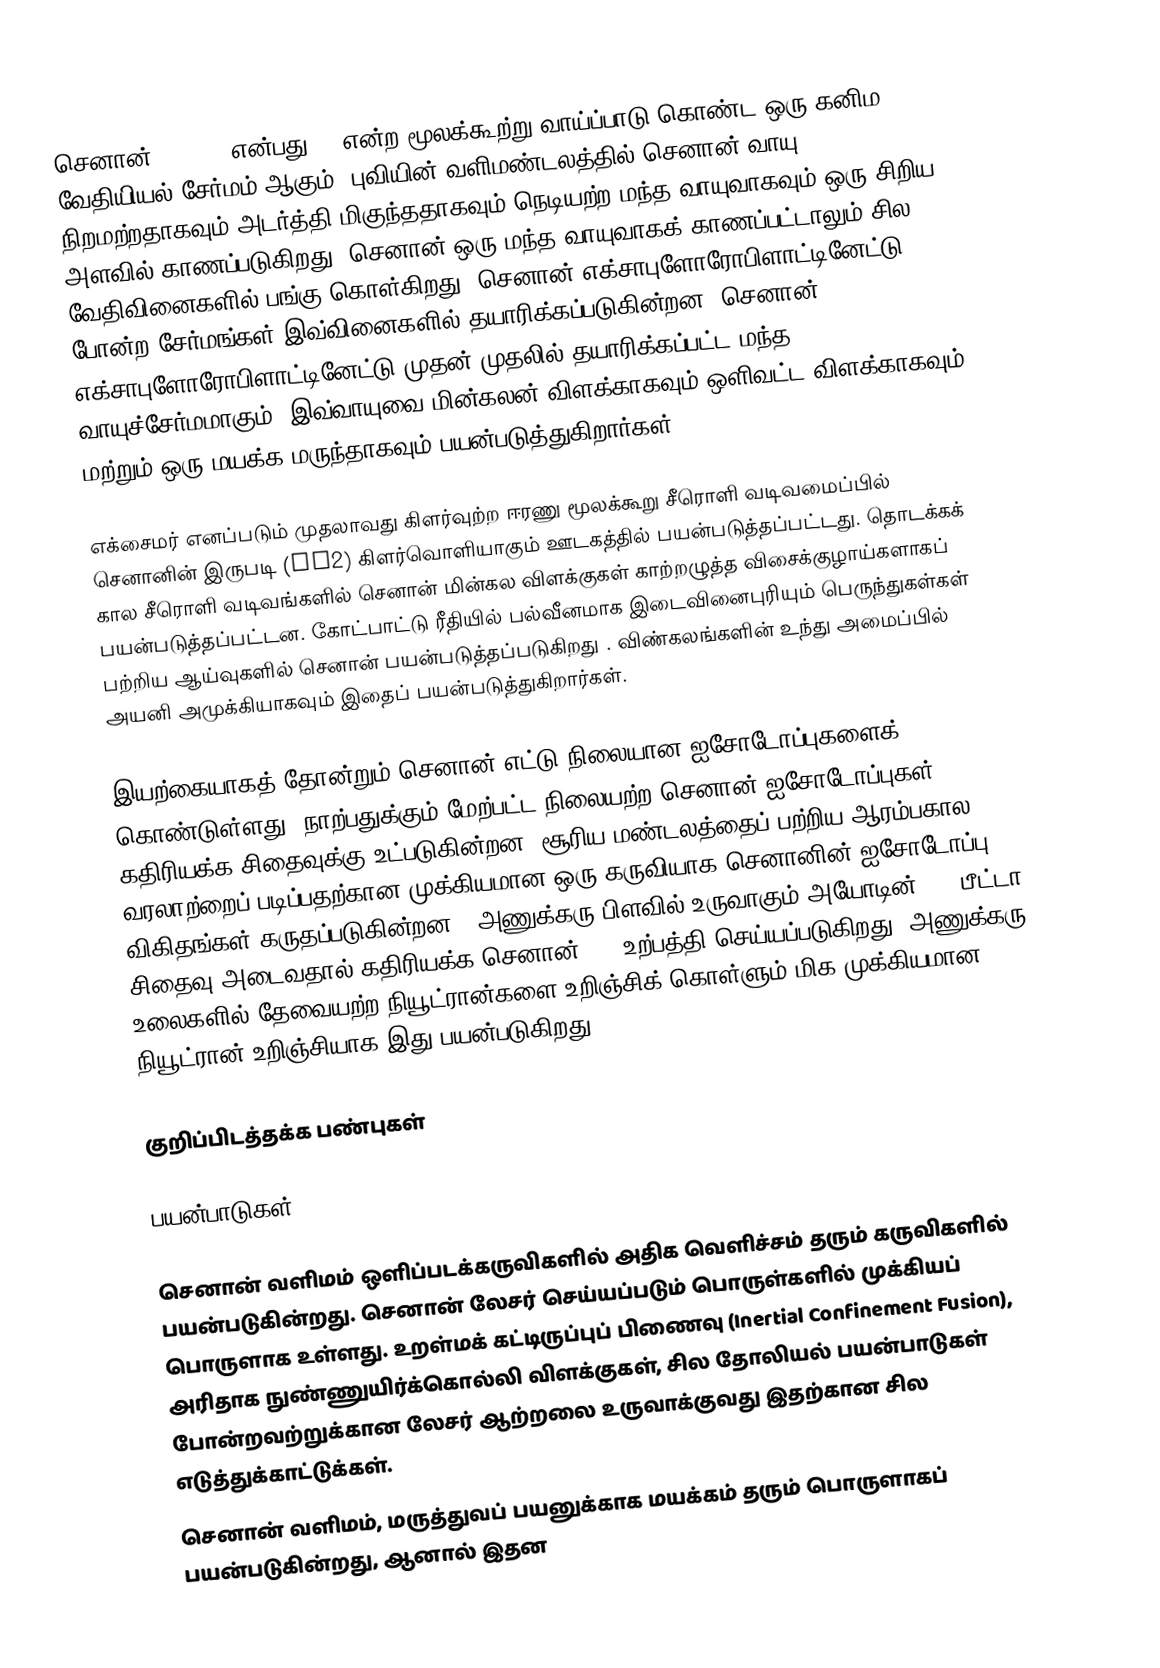
செனான் (Xenon) என்பது Xe என்ற மூலக்கூற்று வாய்ப்பாடு கொண்ட  ஒரு கனிம வேதியியல் சேர்மம் ஆகும். புவியின் வளிமண்டலத்தில் செனான் வாயு நிறமற்றதாகவும் அடர்த்தி மிகுந்ததாகவும் நெடியற்ற மந்த வாயுவாகவும் ஒரு சிறிய அளவில் காணப்படுகிறது, செனான் ஒரு மந்த வாயுவாகக் காணப்பட்டாலும் சில வேதிவினைகளில் பங்கு கொள்கிறது.  செனான் எக்சாபுளோரோபிளாட்டினேட்டு போன்ற சேர்மங்கள் இவ்வினைகளில்  தயாரிக்கப்படுகின்றன. செனான் எக்சாபுளோரோபிளாட்டினேட்டு முதன் முதலில் தயாரிக்கப்பட்ட மந்த வாயுச்சேர்மமாகும். இவ்வாயுவை மின்கலன் விளக்காகவும் ஒளிவட்ட விளக்காகவும் மற்றும் ஒரு மயக்க மருந்தாகவும் பயன்படுத்துகிறார்கள்

எக்சைமர் எனப்படும் முதலாவது கிளர்வுற்ற ஈரணு மூலக்கூறு சீரொளி வடிவமைப்பில் செனானின் இருபடி (Xe2) கிளர்வொளியாகும் ஊடகத்தில் பயன்படுத்தப்பட்டது. தொடக்கக் கால சீரொளி வடிவங்களில் செனான் மின்கல விளக்குகள் காற்றழுத்த விசைக்குழாய்களாகப் பயன்படுத்தப்பட்டன. கோட்பாட்டு ரீதியில் பல்வீனமாக இடைவினைபுரியும் பெருந்துகள்கள் பற்றிய ஆய்வுகளில் செனான் பயன்படுத்தப்படுகிறது . விண்கலங்களின் உந்து அமைப்பில் அயனி அமுக்கியாகவும் இதைப் பயன்படுத்துகிறார்கள்.

இயற்கையாகத் தோன்றும் செனான் எட்டு நிலையான ஐசோடோப்புகளைக் கொண்டுள்ளது. நாற்பதுக்கும் மேற்பட்ட நிலையற்ற செனான் ஐசோடோப்புகள் கதிரியக்க சிதைவுக்கு உட்படுகின்றன. சூரிய மண்டலத்தைப் பற்றிய ஆரம்பகால வரலாற்றைப் படிப்பதற்கான முக்கியமான ஒரு கருவியாக செனானின் ஐசோடோப்பு விகிதங்கள் கருதப்படுகின்றன . அணுக்கரு பிளவில் உருவாகும் அயோடின்-135 பீட்டா சிதைவு அடைவதால் கதிரியக்க செனான்-135 உற்பத்தி செய்யப்படுகிறது, அணுக்கரு உலைகளில்  தேவையற்ற நியூட்ரான்களை உறிஞ்சிக் கொள்ளும் மிக முக்கியமான நியூட்ரான் உறிஞ்சியாக இது பயன்படுகிறது .

குறிப்பிடத்தக்க பண்புகள்

பயன்பாடுகள்

செனான் வளிமம் ஒளிப்படக்கருவிகளில் அதிக வெளிச்சம் தரும் கருவிகளில் பயன்படுகின்றது. செனான் லேசர் செய்யப்படும் பொருள்களில் முக்கியப் பொருளாக உள்ளது. உறள்மக் கட்டிருப்புப் பிணைவு (Inertial Confinement Fusion), அரிதாக நுண்ணுயிர்க்கொல்லி விளக்குகள், சில தோலியல் பயன்பாடுகள் போன்றவற்றுக்கான லேசர் ஆற்றலை உருவாக்குவது இதற்கான சில எடுத்துக்காட்டுக்கள்.
செனான் வளிமம், மருத்துவப் பயனுக்காக மயக்கம் தரும் பொருளாகப் பயன்படுகின்றது, ஆனால் இதன